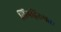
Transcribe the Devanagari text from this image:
लिंगद्विरूपता